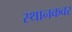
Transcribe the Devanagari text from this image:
स्थानकवर